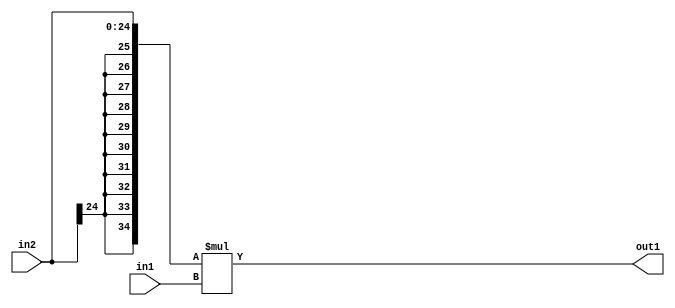
`timescale 1ps / 1ps
/*****************************************************************************
    Verilog RTL Description
    
    
    Created by: Stratus DpOpt 21.05.01 
*******************************************************************************/

module SobelFilter_Mul_25Sx10U_35S_4 (
	in2,
	in1,
	out1
	); /* architecture "behavioural" */ 
input [24:0] in2;
input [9:0] in1;
output [34:0] out1;
wire [34:0] asc001;

assign asc001 = 
	+({{10{in2[24]}}, in2} * in1);

assign out1 = asc001;
endmodule

/* CADENCE  ubHwTws= : u9/ySxbfrwZIxEzHVQQV8Q== ** DO NOT EDIT THIS LINE ******/